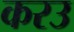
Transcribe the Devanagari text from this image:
करउ